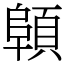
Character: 顊